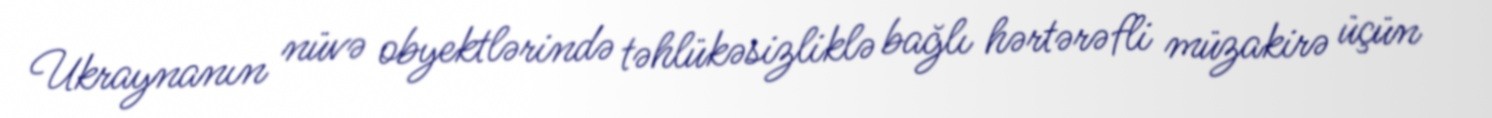
Ukraynanın nüvə obyektlərində təhlükəsizliklə bağlı hərtərəfli müzakirə üçün